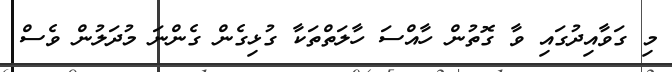
މި ގަވާއިދުގައި ވާ ގޮތުން ހާއްސަ ހާލަތްތަކާ ގުޅިގެން ގެންނަ މުދަލުން ވެސް